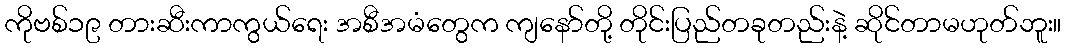
ကိုဗစ်၁၉ တားဆီးကာကွယ်ရေး အစီအမံတွေက ကျနော်တို့ တိုင်းပြည်တခုတည်းနဲ့ ဆိုင်တာမဟုတ်ဘူး။